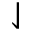
\downharpoonleft